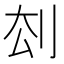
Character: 𠛗